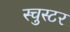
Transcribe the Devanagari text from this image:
स्चुस्टर